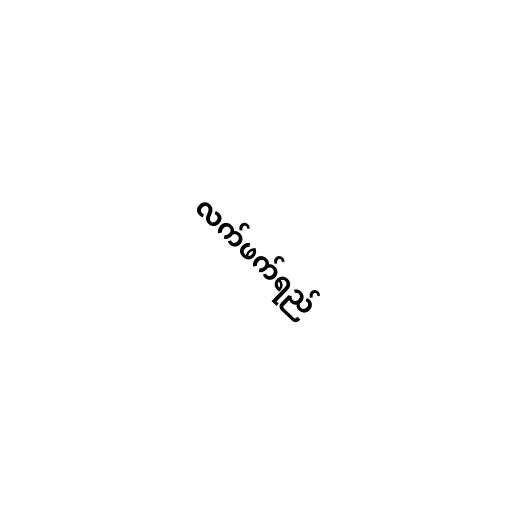
လက်ဖက်ရည်